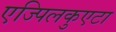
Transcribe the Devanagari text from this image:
एज्पिलकुएटा